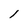
Character: l